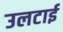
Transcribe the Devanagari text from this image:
उलटाई